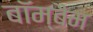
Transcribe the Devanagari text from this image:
बॉम्बैम